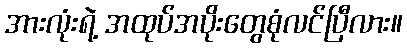
အားလုံးရဲ့ အထုပ်အပိုးတွေစုံလင်ပြီလား။